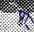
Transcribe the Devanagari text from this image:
प्रो़